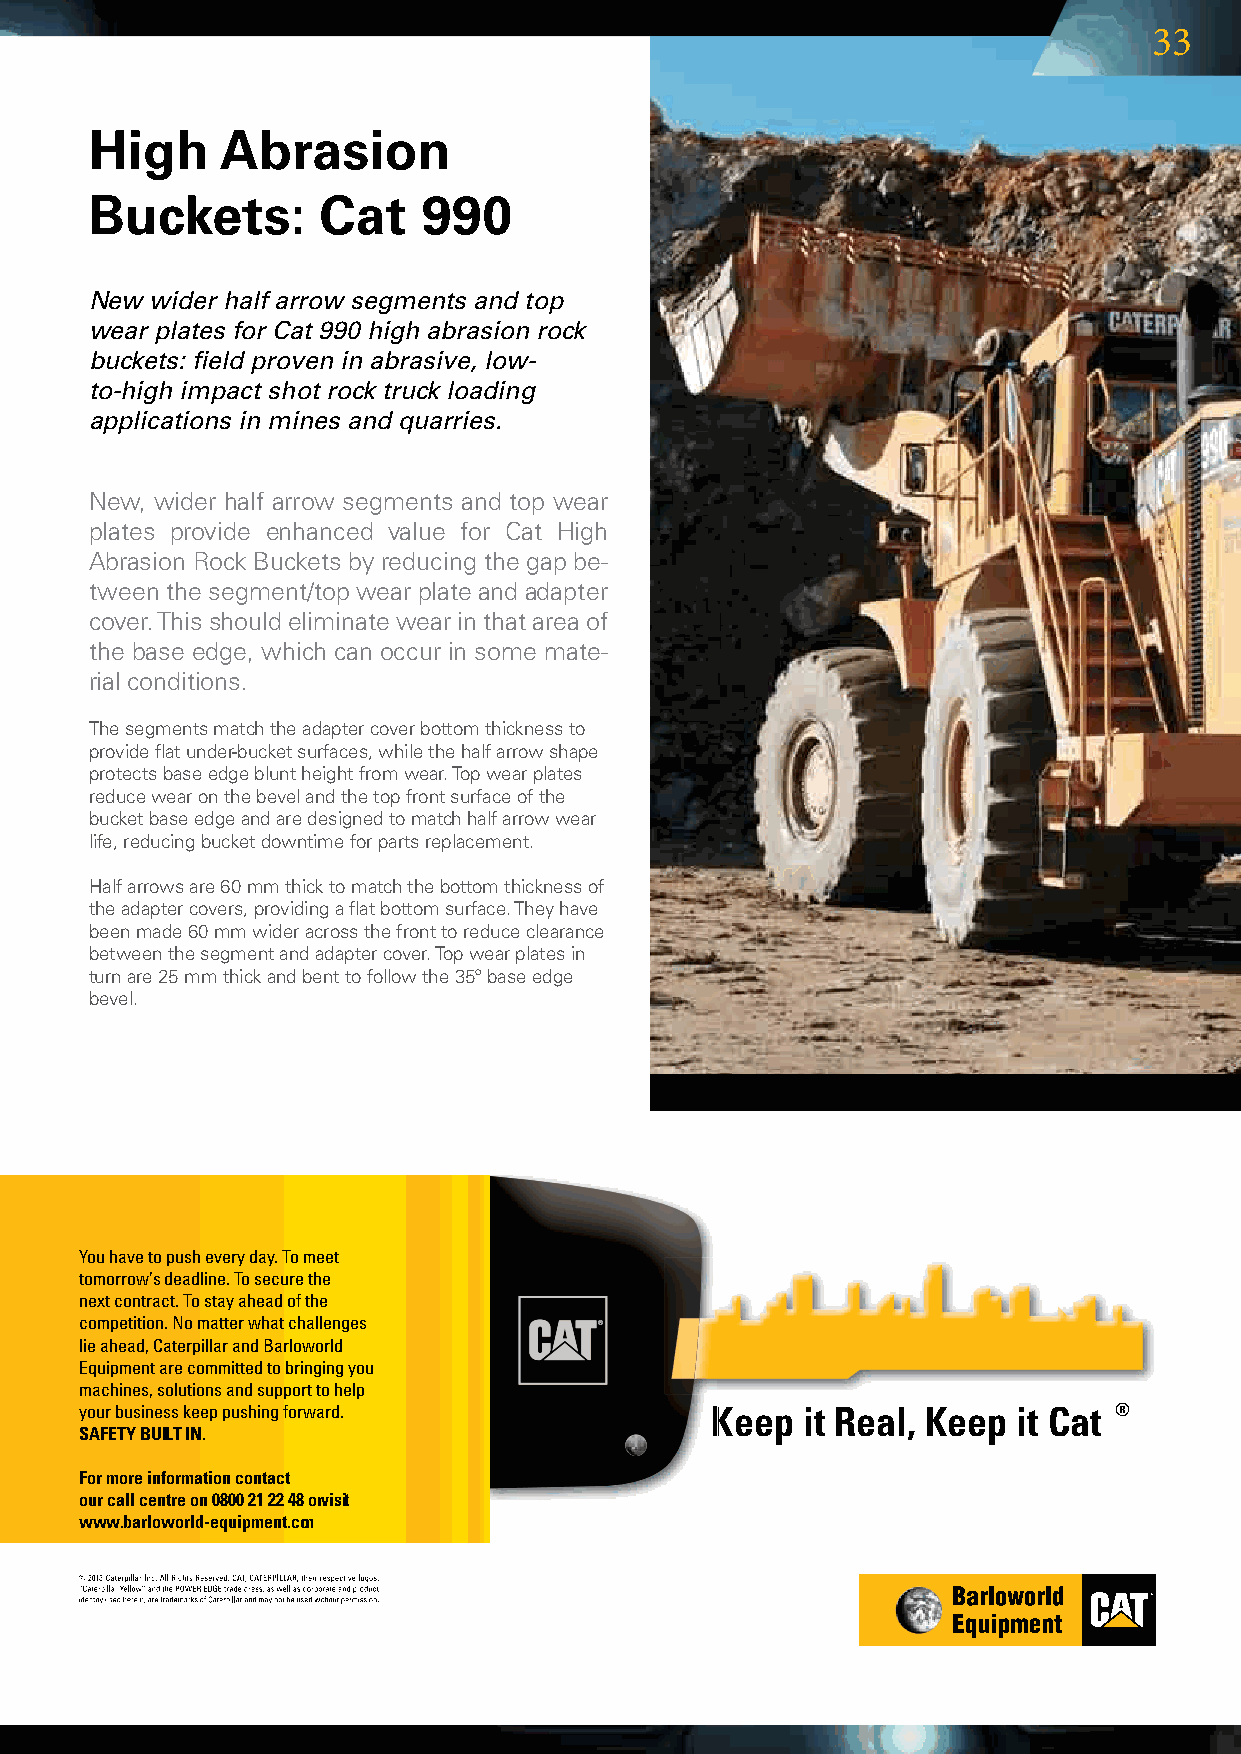
33
 High     Abrasion
 Buckets:       Cat    990
 New wider half arrow segments and top
 wear plates for Cat 990 high abrasion rock
 buckets: field proven in abrasive, low-
 to-high impact shot rock truck loading
 applications in mines and quarries.
 New,widerhalfarrowsegmentsandtopwear
 plates provide enhanced value for Cat High
 AbrasionRockBucketsbyreducingthegapbe-
 tweenthesegment/topwearplateandadapter
 cover.Thisshouldeliminatewearinthatareaof
 thebaseedge,whichcanoccurinsomemate-
 rialconditions.
 Thesegmentsmatchtheadaptercoverbottomthicknessto
 provideflatunder-bucketsurfaces,whilethehalfarrowshape
 protectsbaseedgebluntheightfromwear.Topwearplates
 reducewearonthebevelandthetopfrontsurfaceofthe
 bucketbaseedgeandaredesignedtomatchhalfarrowwear
 life,reducingbucketdowntimeforpartsreplacement.
 Halfarrowsare60mmthicktomatchthebottomthicknessof
 theadaptercovers,providingaflatbottomsurface.Theyhave
 beenmade60mmwideracrossthefronttoreduceclearance
 betweenthesegmentandadaptercover.Topwearplatesin
 turnare25mmthickandbenttofollowthe35ºbaseedge
 bevel.
 You have to push every day. To meet
 tomorrow’s deadline. To secure the
 next contract. To stay ahead of the
 competition. No matter what challenges
 lie ahead, Caterpillar and Barloworld
 Equipment are committed to bringing you
 machines, solutions and support to help
 your business keep pushing forward .      Keep  it Real, Keep it Cat ®
 SAFETY BUILT IN.
 For more information contact
 our call centre on 0800 21 22 48 orv isit
 www.barloworld-equipment.com